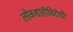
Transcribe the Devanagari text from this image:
लोकशाहीविरोधी